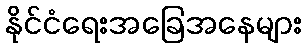
နိုင်ငံရေးအခြေအနေများ